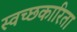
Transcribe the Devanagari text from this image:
स्वच्छकारिता